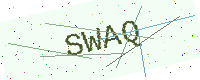
Text: SWAQ